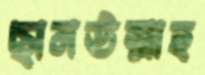
ছানউল্লাহ